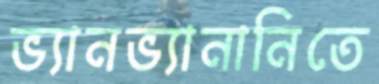
ভ্যানভ্যানানিতে